Vaccination North-Western Provinces and Oudh 1896-1901 - 1896-1901
Year: 1896
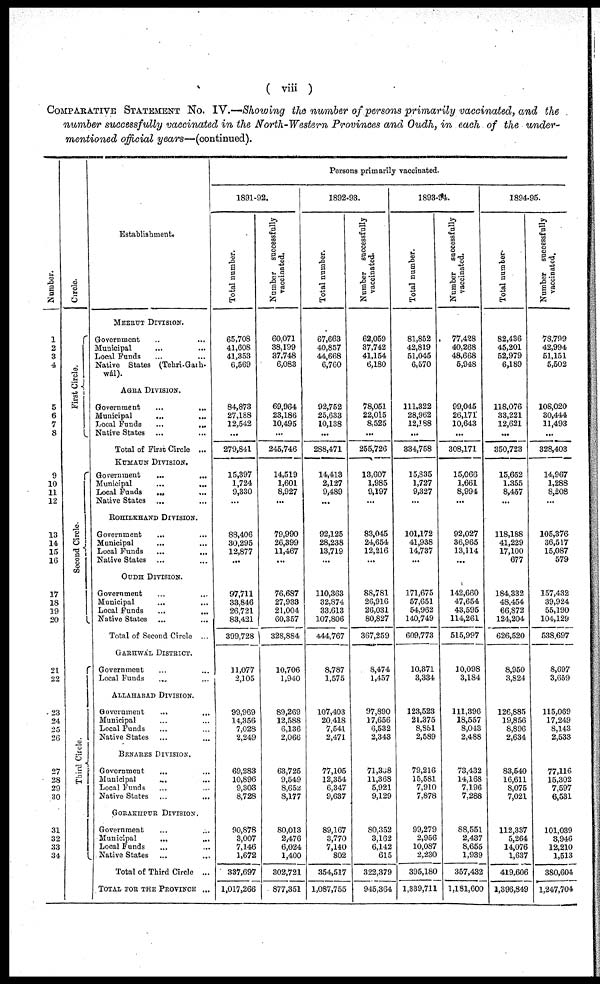
( viii )
COMPARATIVE STATEMENT No. IV.—Showing the number of persons primarily vaccinated, and the
number successfully vaccinated in the North-Western Provinces and Oudh, in each of the under¬
mentioned official years—(continued).
Number.
1
2
3
4
5
6
7
8
9
10
11
12
13
14
15
16
17
18
19
20
21
22
23
24
25
26
27
28
29
30
31
32
33
34
Circle.
First Circle.
Second Circle.
Third Circle.
Establishment.
MEERUT DIVISION.
Government ... ...
Municipal ... ...
Local Funds ... ...
Native States (Tehri-Garh¬
wál).
AGRA DIVISION.
Government ... ...
Municipal ... ...
Local Funds
...
...
Native States ... ...
Total of First Circle ...
KUMAUN DIVISION.
Government ... ...
Municipal
...
...
Local Funds
... ...
Native States ... ...
ROHILKHAND DIVISION.
Government ... ...
Municipal ... ...
Local Funds
...
...
Native States ... ...
OUDH DIVISION.
Government ... ...
Municipal ... ...
Local Funds ... ...
Native States ... ...
Total of Second Circle ...
GARHWAL DISTRICT.
Government ... ...
Local Funds ... ...
ALLAHABAD DIVISION.
Government
...
...
Municipal ... ...
Local Funds ... ...
Native States ... ...
BENARES DIVISION.
Government ... ...
Municipal ... ...
Local Funds ... ...
Native States ... ...
GORAKHPUR DIVISION.
Government ... ...
Municipal
...
...
Local Funds ... ...
Native States ... ...
Total of Third Circle ...
TOTAL FOR THE PROVINCE ...
Persons primarily vaccinated.
1891-92.
Total number.
65,708
41,608
41,353
6,569
84,873
27,188
12,542
...
279,841
15,397
1,724
9,330
...
88,406
30,295
12,877
...
97,711
33,846
26,721
83,421
399,728
11,077
2,105
99,969
14,356
7,028
2,249
69,283
10,896
9,303
8,728
90,878
3,007
7,146
1,672
337,697
1,017,266
Number
successfully
vaccinated.
60,071
38,199
37,748
6,083
69,964
23,186
10,495
...
245,746
14,519
1,601
8,927
...
79,990
26,399
11,467
...
76,687
27,933
21,004
60,357
328,884
10,706
1,940
89,269
12,588
6,136
2,066
63,725
9,549
8,652
8,177
80,013
2,476
6,024
1,400
302,721
877,351
1892-93.
Total number.
67,663
40,857
44,668
6,760
92,752
25,633
10,138
...
288,471
14,413
2,127
9,489
...
92,125
28,238
13,719
...
110,363
32,874
33,613
107,806
444,767
8,787
1,575
107,403
20,418
7,541
2,471
77,105
12,354
6,347
9,637
89,167
3,770
7,140
802
354,517
1,087,755
Number successfully
vaccinated.
62,059
37,742
41,154
6,180
78,051
22,015
8,525
...
255,726
13,607
1,985
9,197
...
83,045
24,654
12,216
...
88,781
26,916
26,031
80,827
367,259
8,474
1,457
97,890
17,656
6,532
2,343
71,338
11,368
5,921
9,129
80,352
3,162
6,142
615
322,379
945,364
1893-94.
Total number.
81,852
42,819
51,045
6,570
111,322
28,962
12,188
...
334,758
15,835
1,727
9,327
...
101,172
41,938
14,737
...
171,675
57,651
54,962
140,749
609,773
10,371
3,334
123,523
21,375
8,851
2,589
79,216
15,581
7,910
7,878
99,279
2,956
10,087
2,230
395,180
1,339,711
Number successfully
vaccinated.
77,428
40,268
48,668
5,948
99,045
26,171
10,643
...
308,171
15,066
1,661
8,994
...
92,027
36,965
13,114
...
142,660
47,654
43,595
114,261
515,997
10,098
3,184
111,396
18,557
8,043
2,488
73,432
14,168
7,196
7,288
88,551
2,437
8,655
1,939
357,432
1,181,600
1894-95.
Total number
82,436
45,201
52,979
6,189
118,076
33,221
12,621
...
350,723
15,652
1,355
8,457
...
118,188
41,229
17,100
677
184,332
48,454
66,872
124,204
626,520
8,950
3,824
126,885
19,856
8,896
2,634
83,540
16,611
8,075
7,021
112,337
5,264
14,076
1,637
419,606
1,396,849
Number successfully
vaccinated.
78,799
42,994
51,151
5,502
108,020
30,444
11,493
...
328,403
14,967
1,288
8,208
...
105,376
36,517
15,087
579
157,432
39,924
55,190
104,129
538,697
8,697
3,659
115,069
17,249
8,143
2,533
77,116
15,302
7,597
6,531
101,039
3,946
12,210
1,513
380,604
1,247,704